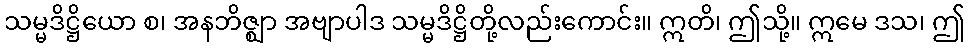
သမ္မဒိဋ္ဌိယော စ၊ အနဘိဇ္ဈာ အဗျာပါဒ သမ္မဒိဋ္ဌိတို့လည်းကောင်း။ ဣတိ၊ ဤသို့။ ဣမေ ဒသ၊ ဤ